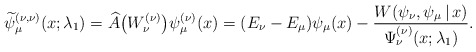
\begin{align*} \widetilde{\psi }_{\mu }^{( \nu ,\nu ) }(x;\lambda _{1})=\widehat{ A}\big(W_{\nu }^{(\nu) }\big)\psi _{\mu }^{(\nu) }(x)=( E_{\nu }-E_{\mu }) \psi _{\mu}(x) -\frac{ W(\psi _{\nu },\psi _{\mu }\,|\, x)}{\Psi _{\nu }^{(\nu) }(x;\lambda _{1})}. \end{align*}